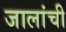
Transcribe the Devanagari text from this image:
जालांची